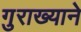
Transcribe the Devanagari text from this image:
गुराख्याने